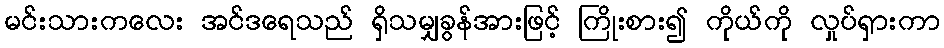
မင်းသားကလေး အင်ဒရေသည် ရှိသမျှခွန်အားဖြင့် ကြိုးစား၍ ကိုယ်ကို လှုပ်ရှားကာ